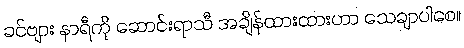
ခင်ဗျား နာရီကို ဆောင်းရာသီ အချိန်ထားထားတာ သေချာပါစေ။